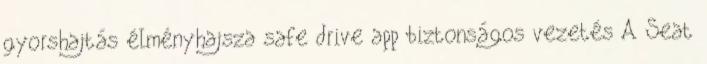
gyorshajtás élményhajsza safe drive app biztonságos vezetés A Seat